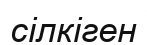
сілкіген